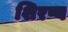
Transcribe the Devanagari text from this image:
शिरष्य